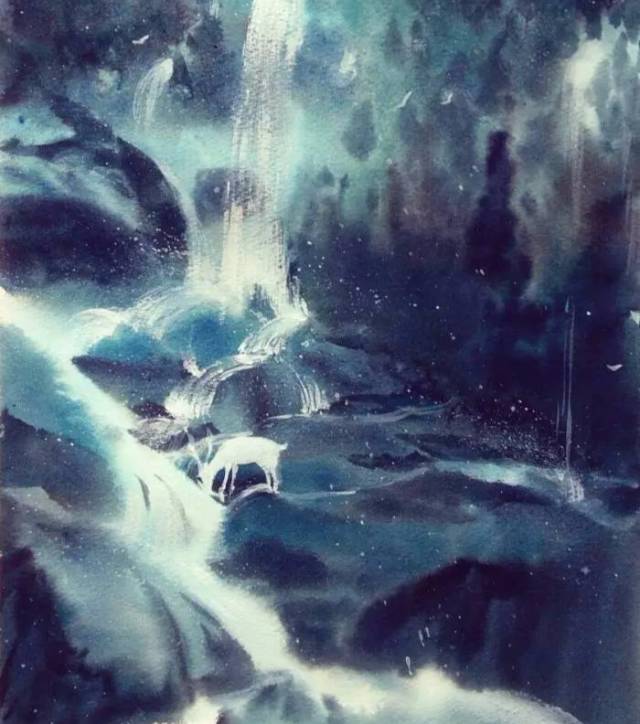
今夫山一卷石之多，及其广大，草木生之，禽兽居之，宝藏兴焉。